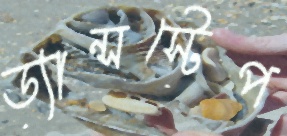
ড্যান্সস্টেপ